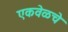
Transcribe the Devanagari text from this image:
एकवेळचे